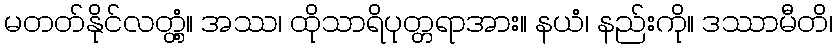
မတတ်နိုင်လတ္တံ့။ အဿ၊ ထိုသာရိပုတ္တရာအား။ နယံ၊ နည်းကို။ ဒဿာမီတိ၊